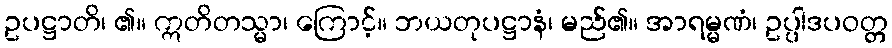
ဥပဋ္ဌာတိ၊ ၏။ ဣတိတသ္မာ၊ ကြောင့်။ ဘယတုပဋ္ဌာနံ၊ မည်၏။ အာရမ္မဏံ၊ ဥပ္ပါဒပဝတ္တ